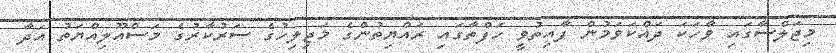
މިޖަލްސާގައި ވާހަކަ ދައްކަވަމުން ފާއިތުވީ ހަފްތާގައި ރައްޔިތުންގެ މަޖިލިހުގެ ސަރުކާރުގެ މަސްއޫލިއްޔަތު އަދާ